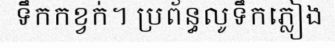
ទឹកកខ្វក់។ ប្រព័ន្ធលូទឹកភ្លៀង